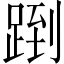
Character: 𬦶